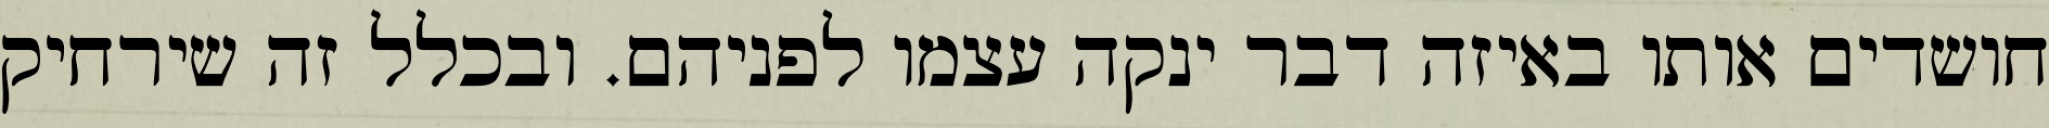
חושדים אותו באיזה דבר ינקה עצמו לפניהם. ובכלל זה שירחיק